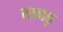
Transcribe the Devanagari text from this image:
ताबड़